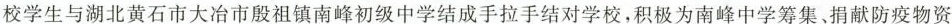
校学生与湖北黄石市大冶市殷祖镇南峰初级中学结成手拉手结对学校，积极为南峰中学筹集、捐献防疫物资